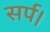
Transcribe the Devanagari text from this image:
सर्प।